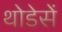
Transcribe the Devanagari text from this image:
थोडेसें